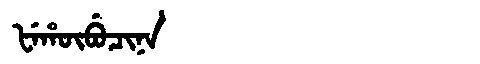
Manchu: ᡶᡝᡥᡡᠪᡠᠴᡳᠨᠠ
Romanization: FEHŪBUCINA